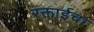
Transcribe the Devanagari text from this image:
रक्ताईचा